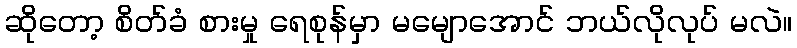
ဆိုတော့ စိတ်ခံ စားမှု ရေစုန်မှာ မမျောအောင် ဘယ်လိုလုပ် မလဲ။